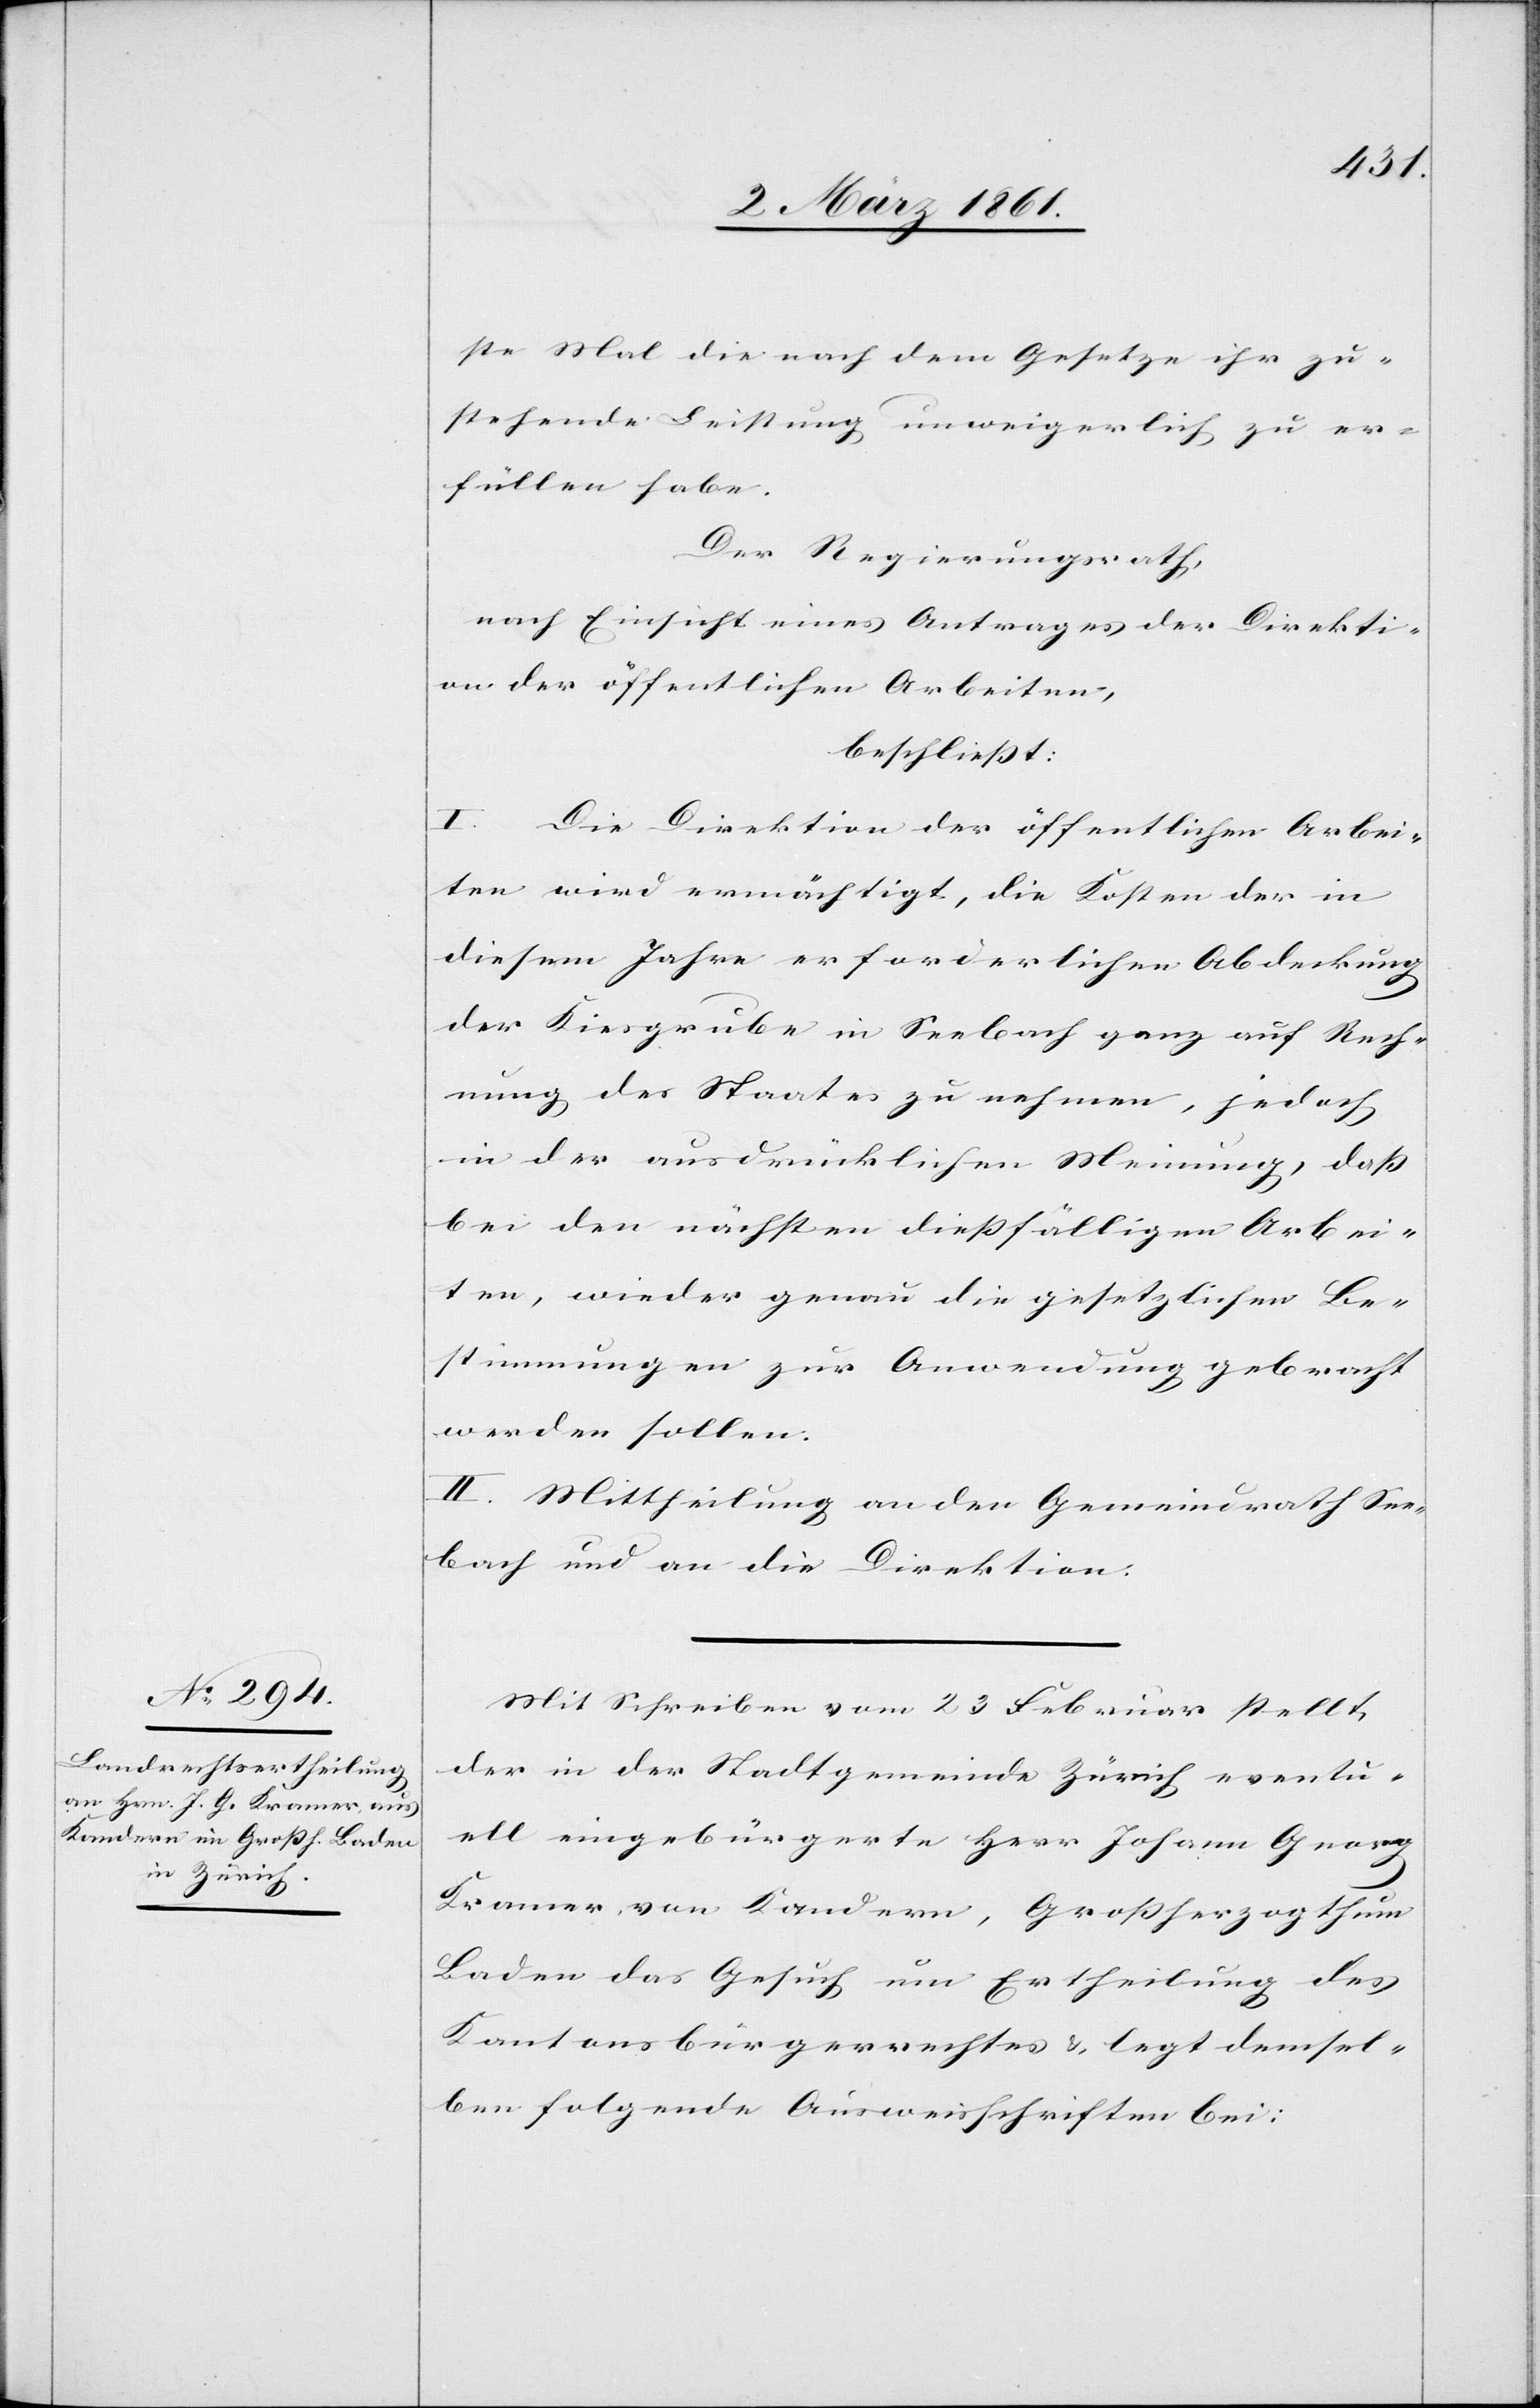
ste Mal die nach dem Gesetze ihr zu¬
stehende Leistung unweigerlich zu er¬
füllen habe.
Der Regierungsrath,
nach Einsicht eines Antrages der Direkti¬
on der öffentlichen Arbeiten,
beschliesst:
I. Die Direktion der öffentlichen Arbei¬
ten wird ermächtigt, die Kosten der in
diesem Jahre erforderlichen Abdeckung
der Kiesgrube in Seebach ganz auf Rech¬
nung des Staates zu nehmen, jedoch
in der ausdrücklichen Meinung, dass
bei den nächsten diessfälligen Arbei¬
ten, wieder genau die gesetzlichen Be¬
stimmungen zur Anwendung gebracht
werden sollen.
II. Mittheilung an den Gemeindrath See¬
bach und an die Direktion.
Mit Schreiben vom 23 Februar stellt
der in der Stadtgemeinde Zürich eventu¬
ell eingebürgerte Herr Johann Georg
Kramer von Kandern, Grossherzogthum
Baden das Gesuch um Ertheilung des
Kantonsbürgerrechtes u. legt demsel¬
ben folgende Ausweisschriften bei: